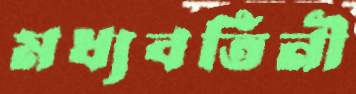
মধ্যবর্তিনী